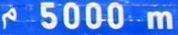
5000 m